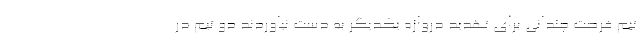
تیم فرصت چندانی برای تهدید دروازه یکدیگر به دست نیاوردند دو تیم در